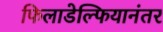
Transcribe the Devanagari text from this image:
फिलाडेल्फियानंतर